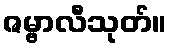
ဇမ္ဗာလီသုတ်။